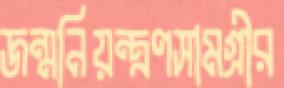
জন্মনিয়ন্ত্রণসামগ্রীর